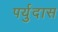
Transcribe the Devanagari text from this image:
पर्युदास